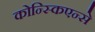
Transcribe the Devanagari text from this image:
कोन्स्किएन्से